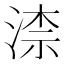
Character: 渿